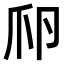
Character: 𤓲